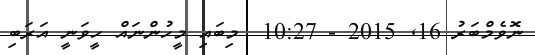
ނޮވެމްބަރު 16